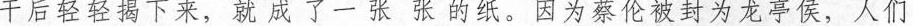
干后轻轻揭下来，就成了一张张的纸。因为蔡伦被封为龙亭侯，人们